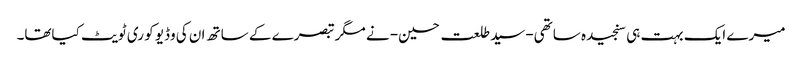
میرے ایک بہت ہی سنجیدہ ساتھی-سید طلعت حسین- نے مگر تبصرے کے ساتھ ان کی وڈیو کو ری ٹویٹ کیاتھا۔